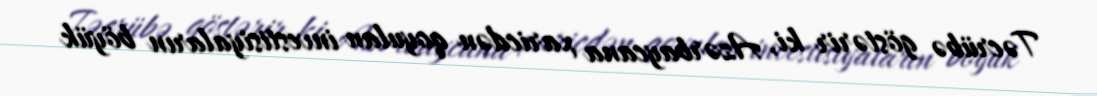
Təcrübə göstərir ki, Azərbaycana xaricdən qoyulan investisiyaların böyük